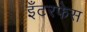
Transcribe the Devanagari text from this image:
इँटरफेस